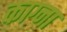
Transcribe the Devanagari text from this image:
काग्ना